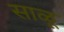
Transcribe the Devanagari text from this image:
साळू